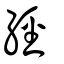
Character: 經